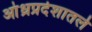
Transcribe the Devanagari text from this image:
आंध्रप्रदेशातले